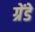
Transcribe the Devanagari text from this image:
ग्रेंडे